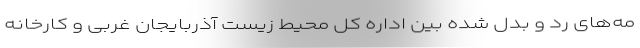
مه‌های رد و بدل شده بین اداره کل محیط زیست آذربایجان غربی و کارخانه